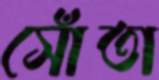
সোঁতা